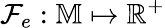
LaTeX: \mathcal{F}_{e}:\mathbb{M}\mapsto\mathbb{R}^{+}